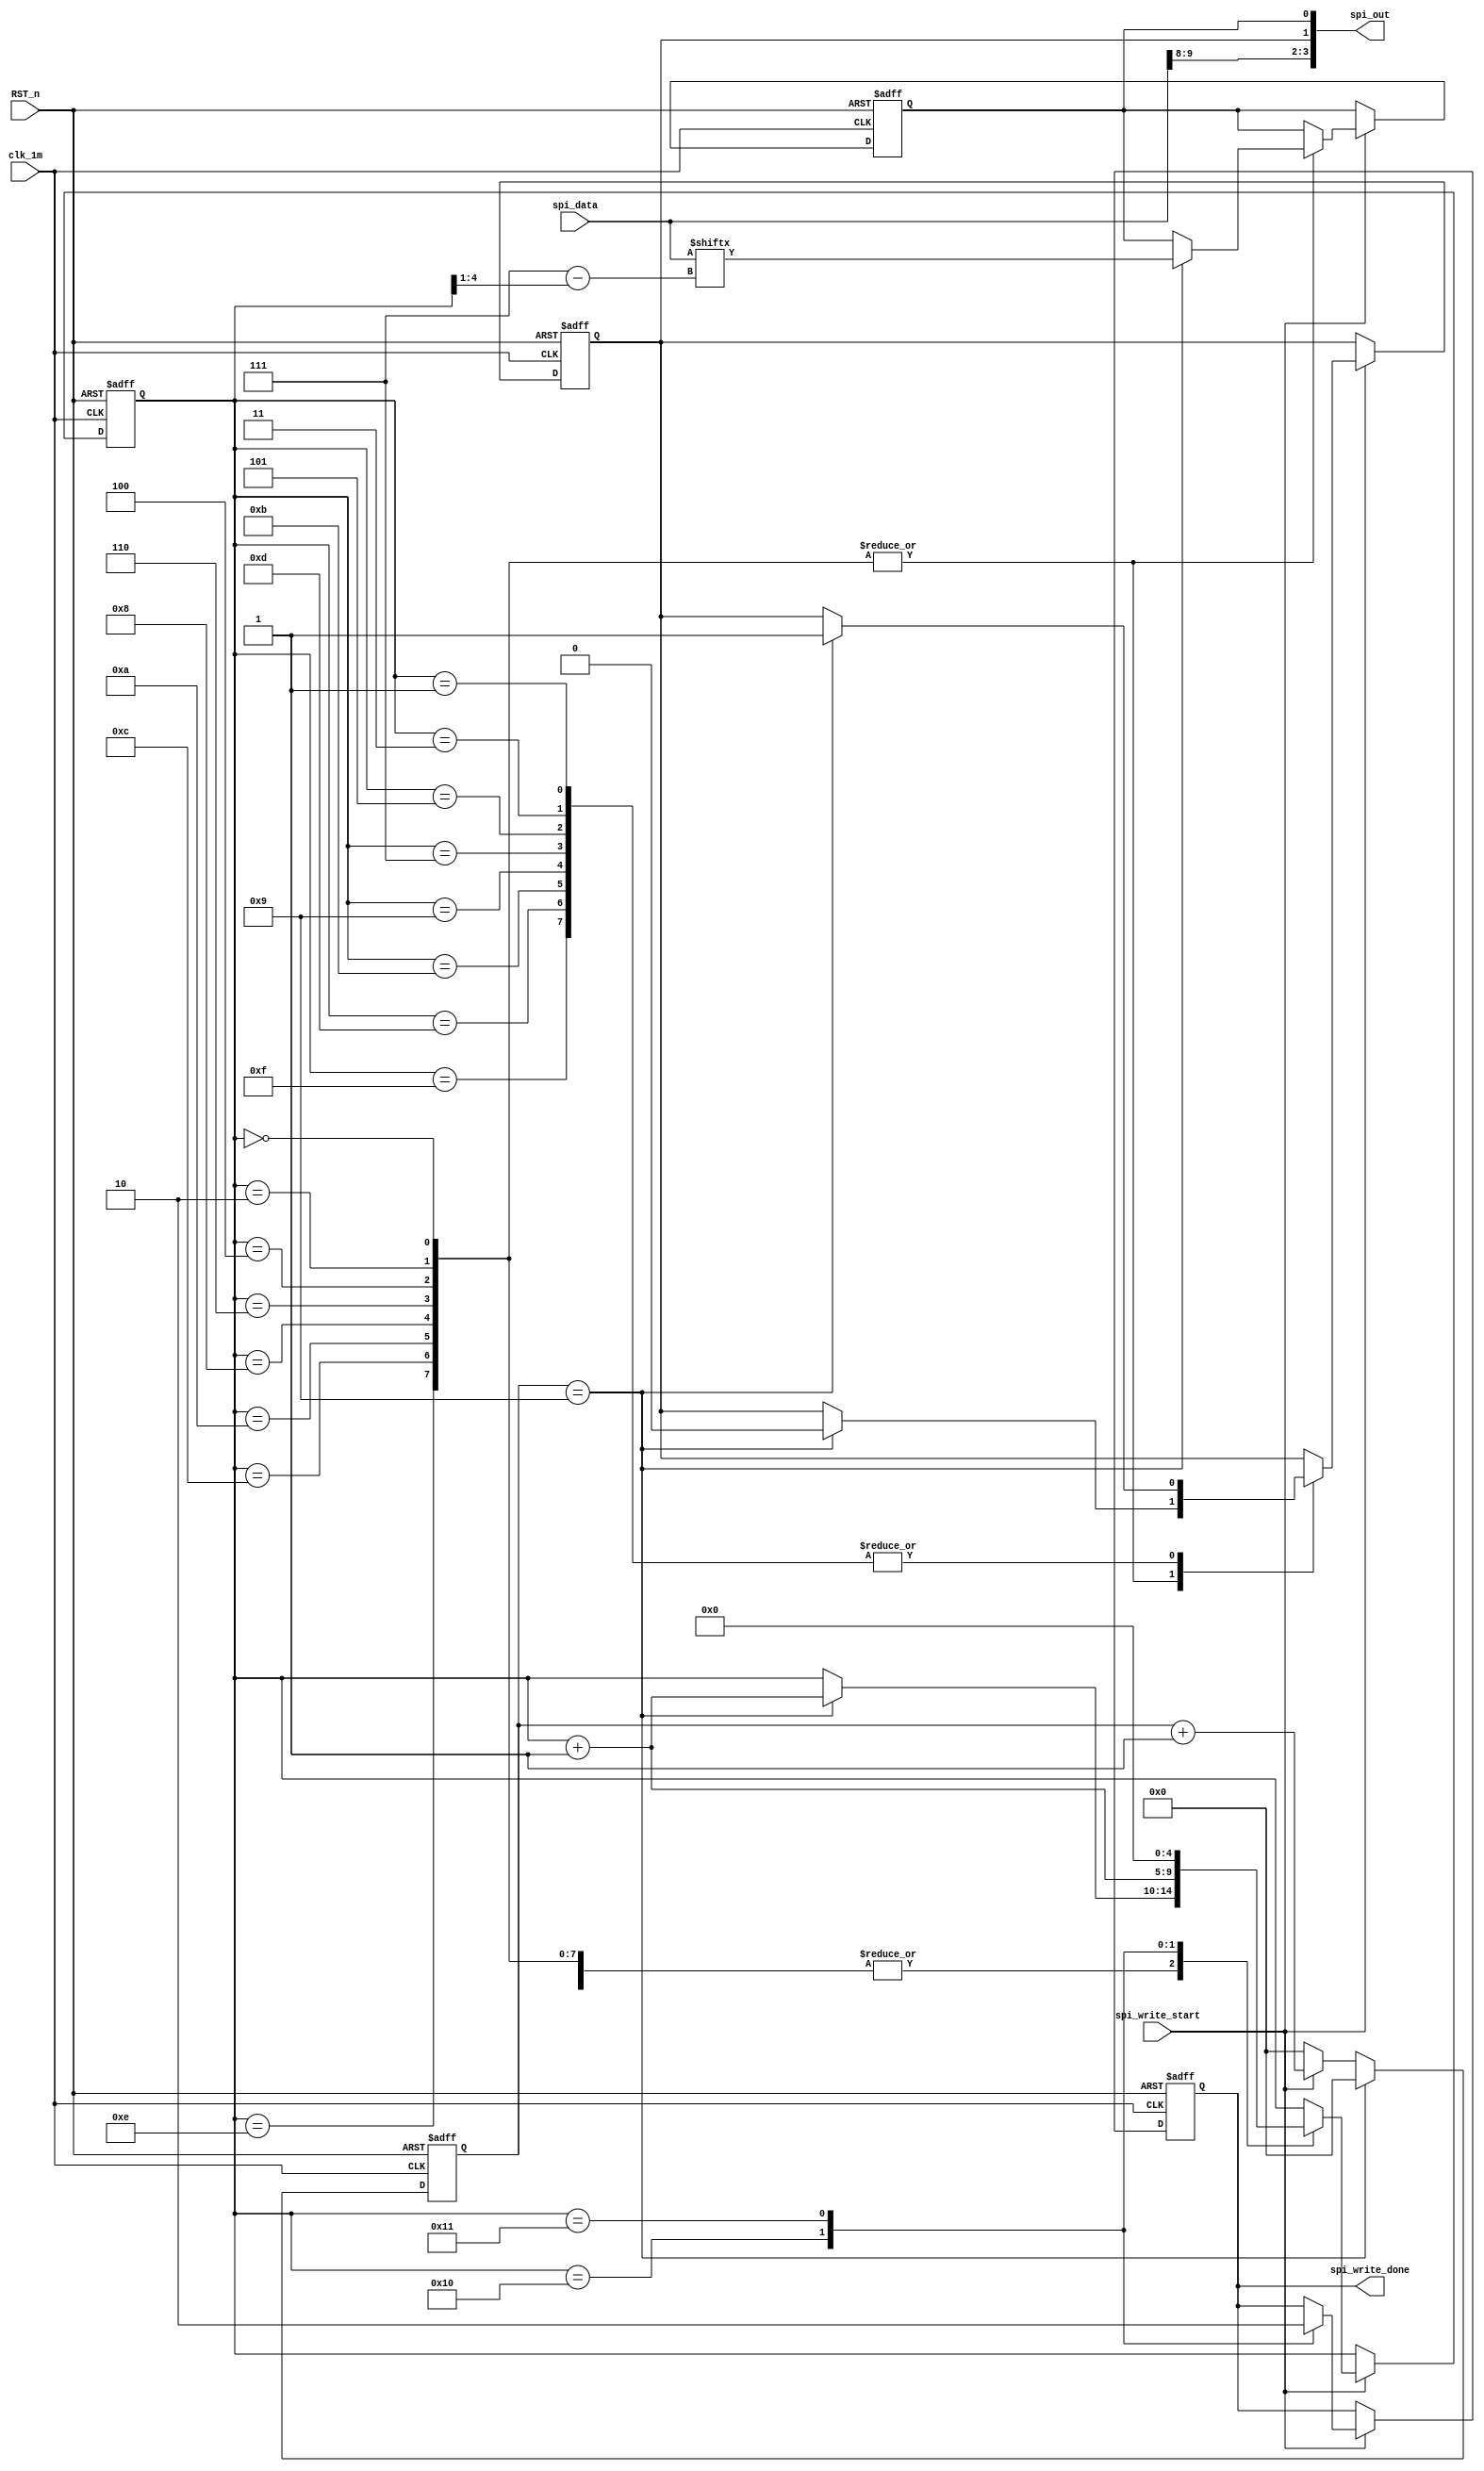
/*--------------------------------------------------------------*\
	Filename	:	spi_write_module.v
	Author		:	Cwang
	Description	:	
	Revision History	:	2017-10-116
							Revision 1.0
	Email		:	wangcp@hitrobotgroup.com
	Company		:	Micro nano institute
	Copyright(c) 2017,Micro nano institute,All right resered
\*---------------------------------------------------------------*/
/*
	spi_out:	3	2	1	0
				CS	DC	SCL(D0)	SDA(D1)
*/
module spi_write(
	clk_1m,
	RST_n,
	spi_write_start,
	spi_data,
	
	spi_write_done,
	spi_out
	);
	
	input clk_1m;
	input RST_n;
	input spi_write_start;
	input [9:0] spi_data;
	
	output spi_write_done;
	output [3:0]spi_out;
	
	parameter TIME5US = 4'd9;
	reg [3:0] count;
	always @(posedge clk_1m or negedge RST_n)
	begin
		if(!RST_n)
			count <= 4'd0;
		else
			if(count == TIME5US)
				count <= 4'd0;
			else
				if(spi_write_start)
					count <= count + 1'b1;
				else
					count <= 4'd0;
	end
	
	reg [4:0] i;
	reg scl;
	reg sda;
	reg done;
	
	always @(posedge clk_1m or negedge RST_n)
	begin
		if(!RST_n)
		begin
			i <= 5'd0;
			scl  <= 1'b1;
			sda  <= 1'b0;
			done <= 1'b0;
		end
		else
		begin
			if(spi_write_start)
				case(i)
					5'd0,5'd2,5'd4,5'd6,5'd8,5'd10,5'd12,5'd14:
					begin
						if(count == TIME5US)
						begin
							scl <= 1'b0;			//scl
							sda <= spi_data[7 - (i>>1) ];
							i <= i + 1'b1;
						end
					end
					5'd1,5'd3,5'd5,5'd7,5'd9,5'd11,5'd13,5'd15:
					begin
						if(count == TIME5US)
						begin
							scl <= 1'b1;			//scl
							i <= i + 1'b1;
						end
					end
					5'd16:
					begin
						done <= 1'b1;
						i <= i + 1'b1;
					end
					5'd17:
					begin
						done <= 1'b0;
						i <= 5'd0;
					end
				endcase
		end
	end
	
	assign spi_write_done = done;
	assign spi_out = {spi_data[9],spi_data[8],scl,sda};
	
	endmodule